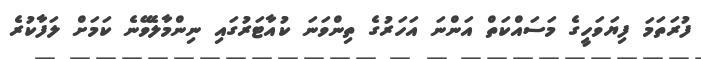
ފުރަތަމަ ފިޔަވަހީގެ މަސައްކަތް އަންނަ އަހަރުގެ ތިންވަނަ ކުއާޓަރުގައި ނިންމާލެވޭނެ ކަމަށް ލަފާކުރެ